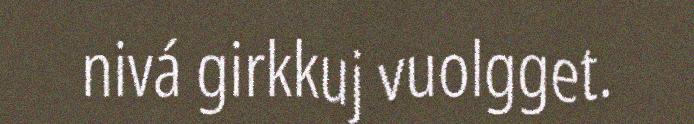
nivá girkkuj vuolgget.